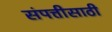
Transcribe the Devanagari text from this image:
संपत्तीसाठी